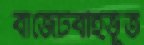
বাজেটবহির্ভূত